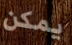
يمكن